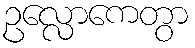
ဥလ္လောကေတွာ